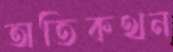
অতিকথন